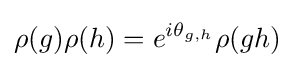
\rho (g)\rho (h)=e^{i\theta _{g,h}}\rho (gh)